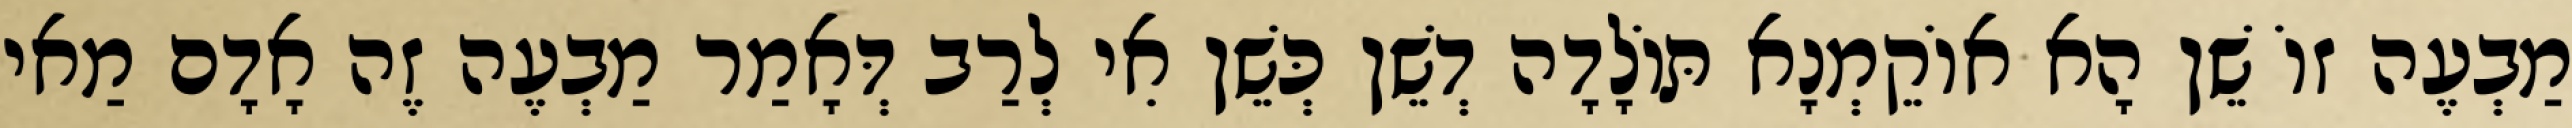
מַבְעֶה זוֹ שֵׁן הָא אוֹקֵמְנָא תּוֹלָדָה דְשֵׁן כְּשֵׁן אִי לְרַב דְּאָמַר מַבְעֶה זֶה אָדָם מַאי